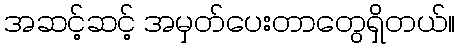
အဆင့်ဆင့် အမှတ်ပေးတာတွေရှိတယ်။